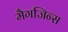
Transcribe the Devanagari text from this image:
मैगजिन्स